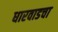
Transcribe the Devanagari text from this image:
धारवाडचा